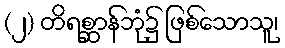
(၂) တိရစ္ဆာန်ဘုံ၌ ဖြစ်သောသူ၊